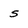
Character: s